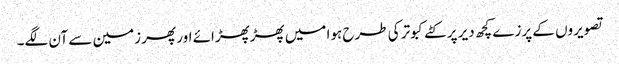
تصویروں کے پرزے کچھ دیر پر کٹے کبوتر کی طرح ہوا میں پھڑپھڑائے اور پھر زمین سے آن لگے۔